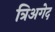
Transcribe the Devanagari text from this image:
त्रिअगेद